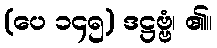
(ပေ ၁၄၅) ဒဋ္ဌဗ္ဗံ၊ ၏။